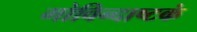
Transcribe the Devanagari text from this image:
गोविन्दाष्टकं